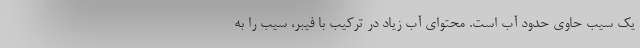
یک سیب حاوی حدود آب است. محتوای آب زیاد در ترکیب با فیبر، سیب را به